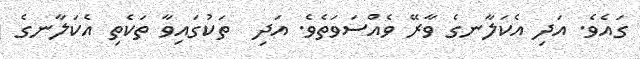
ގައެވެ. އަދި އެކަލާނގެ ވާރޭ ވެއްސަވަތެވެ. އަދި  ތަކުގައިވާ ތަކެތި އެކަލާނގެ